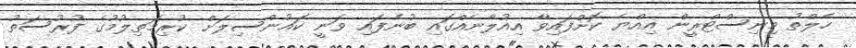
ހެލްތު މިނިސްޓްރީން އިއްޔެ ކޮށްފައިވާ އިއުލާނެއްގައި ބުނެފައި ވަނީ ކައުންސިލަށް ކުރިމަތިލުމުގެ ފުރުސަތު